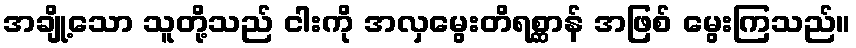
အချို့သော သူတို့သည် ငါးကို အလှမွေးတိရစ္ဆာန် အဖြစ် မွေးကြသည်။